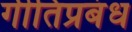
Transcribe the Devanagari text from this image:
गीतिप्रबंध